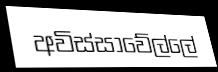
අවිස්සාවේල්ලේ